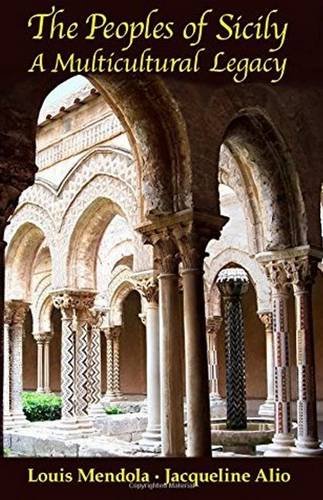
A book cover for The Peoples of Sicily: A Multicultural Legacy; Louis Mendola; History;